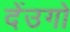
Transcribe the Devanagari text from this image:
देंउगो